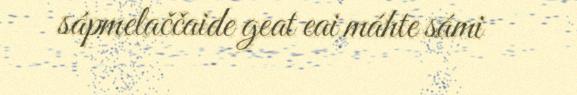
sápmelaččaide geat eai máhte sámi